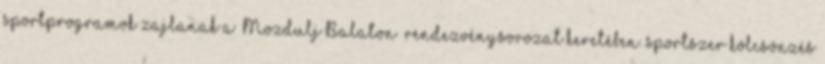
sportprogramok zajlanak a „Mozdulj Balaton” rendezvénysorozat keretében. sportszer kölcsönzés